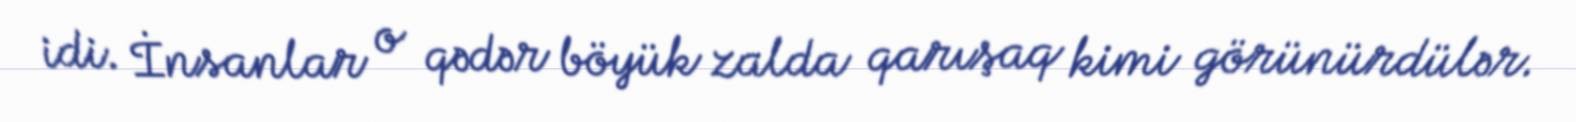
idi. İnsanlar o qədər böyük zalda qarışaq kimi görünürdülər.